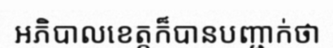
អភិបាលខេត្តក៏បានបញ្ជាក់ថា